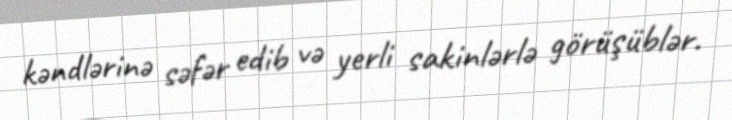
kəndlərinə səfər edib və yerli sakinlərlə görüşüblər.